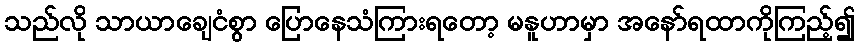
သည်လို သာယာချေငံစွာ ပြောနေသံကြားရတော့ မနူဟာမှာ အနော်ရထာကိုကြည့်၍